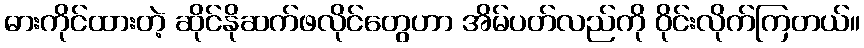
ဓားကိုင်ထားတဲ့ ဆိုင်နိုဆက်ဖလိုင်တွေဟာ အိမ်ပတ်လည်ကို ဝိုင်းလိုက်ကြတယ်။